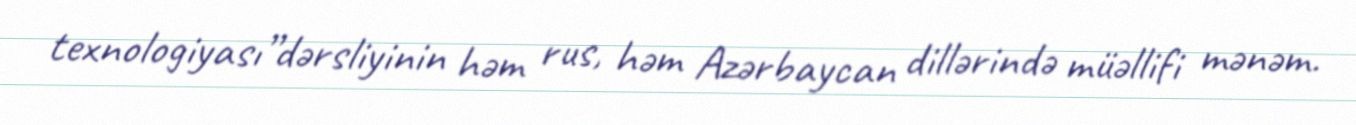
texnologiyası”dərsliyinin həm rus, həm Azərbaycan dillərində müəllifi mənəm.